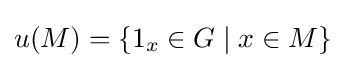
u(M)=\{1_{x}\in G\mid x\in M\}